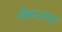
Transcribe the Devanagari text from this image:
केप्टण